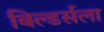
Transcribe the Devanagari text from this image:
बिल्डर्सला